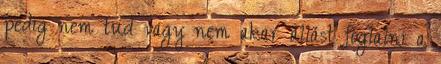
pedig nem tud vagy nem akar állást foglalni a